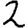
Digit: 2